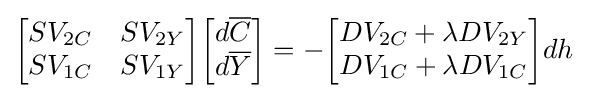
{\begin{bmatrix}SV_{2C}&SV_{2Y}\\SV_{1C}&SV_{1Y}\end{bmatrix}}{\begin{bmatrix}d{\overline {C}}\\d{\overline {Y}}\end{bmatrix}}=-{\begin{bmatrix}DV_{2C}+\lambda DV_{2Y}\\DV_{1C}+\lambda DV_{1C}\end{bmatrix}}dh\;